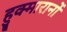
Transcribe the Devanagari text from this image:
हुक्मारानों